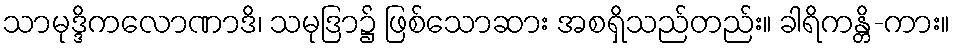
သာမုဒ္ဒိကလောဏာဒိ၊ သမုဒြာ၌ ဖြစ်သောဆား အစရှိသည်တည်း။ ခါရိကန္တိ-ကား။